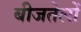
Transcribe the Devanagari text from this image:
बीजतेलों